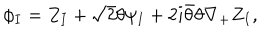
\phi _ { I } = Z _ { I } + { \sqrt 2 } \theta \psi _ { I } + 2 i \bar { \theta } \theta \nabla _ { + } Z _ { I } ,